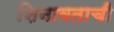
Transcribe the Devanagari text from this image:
शिनावताची